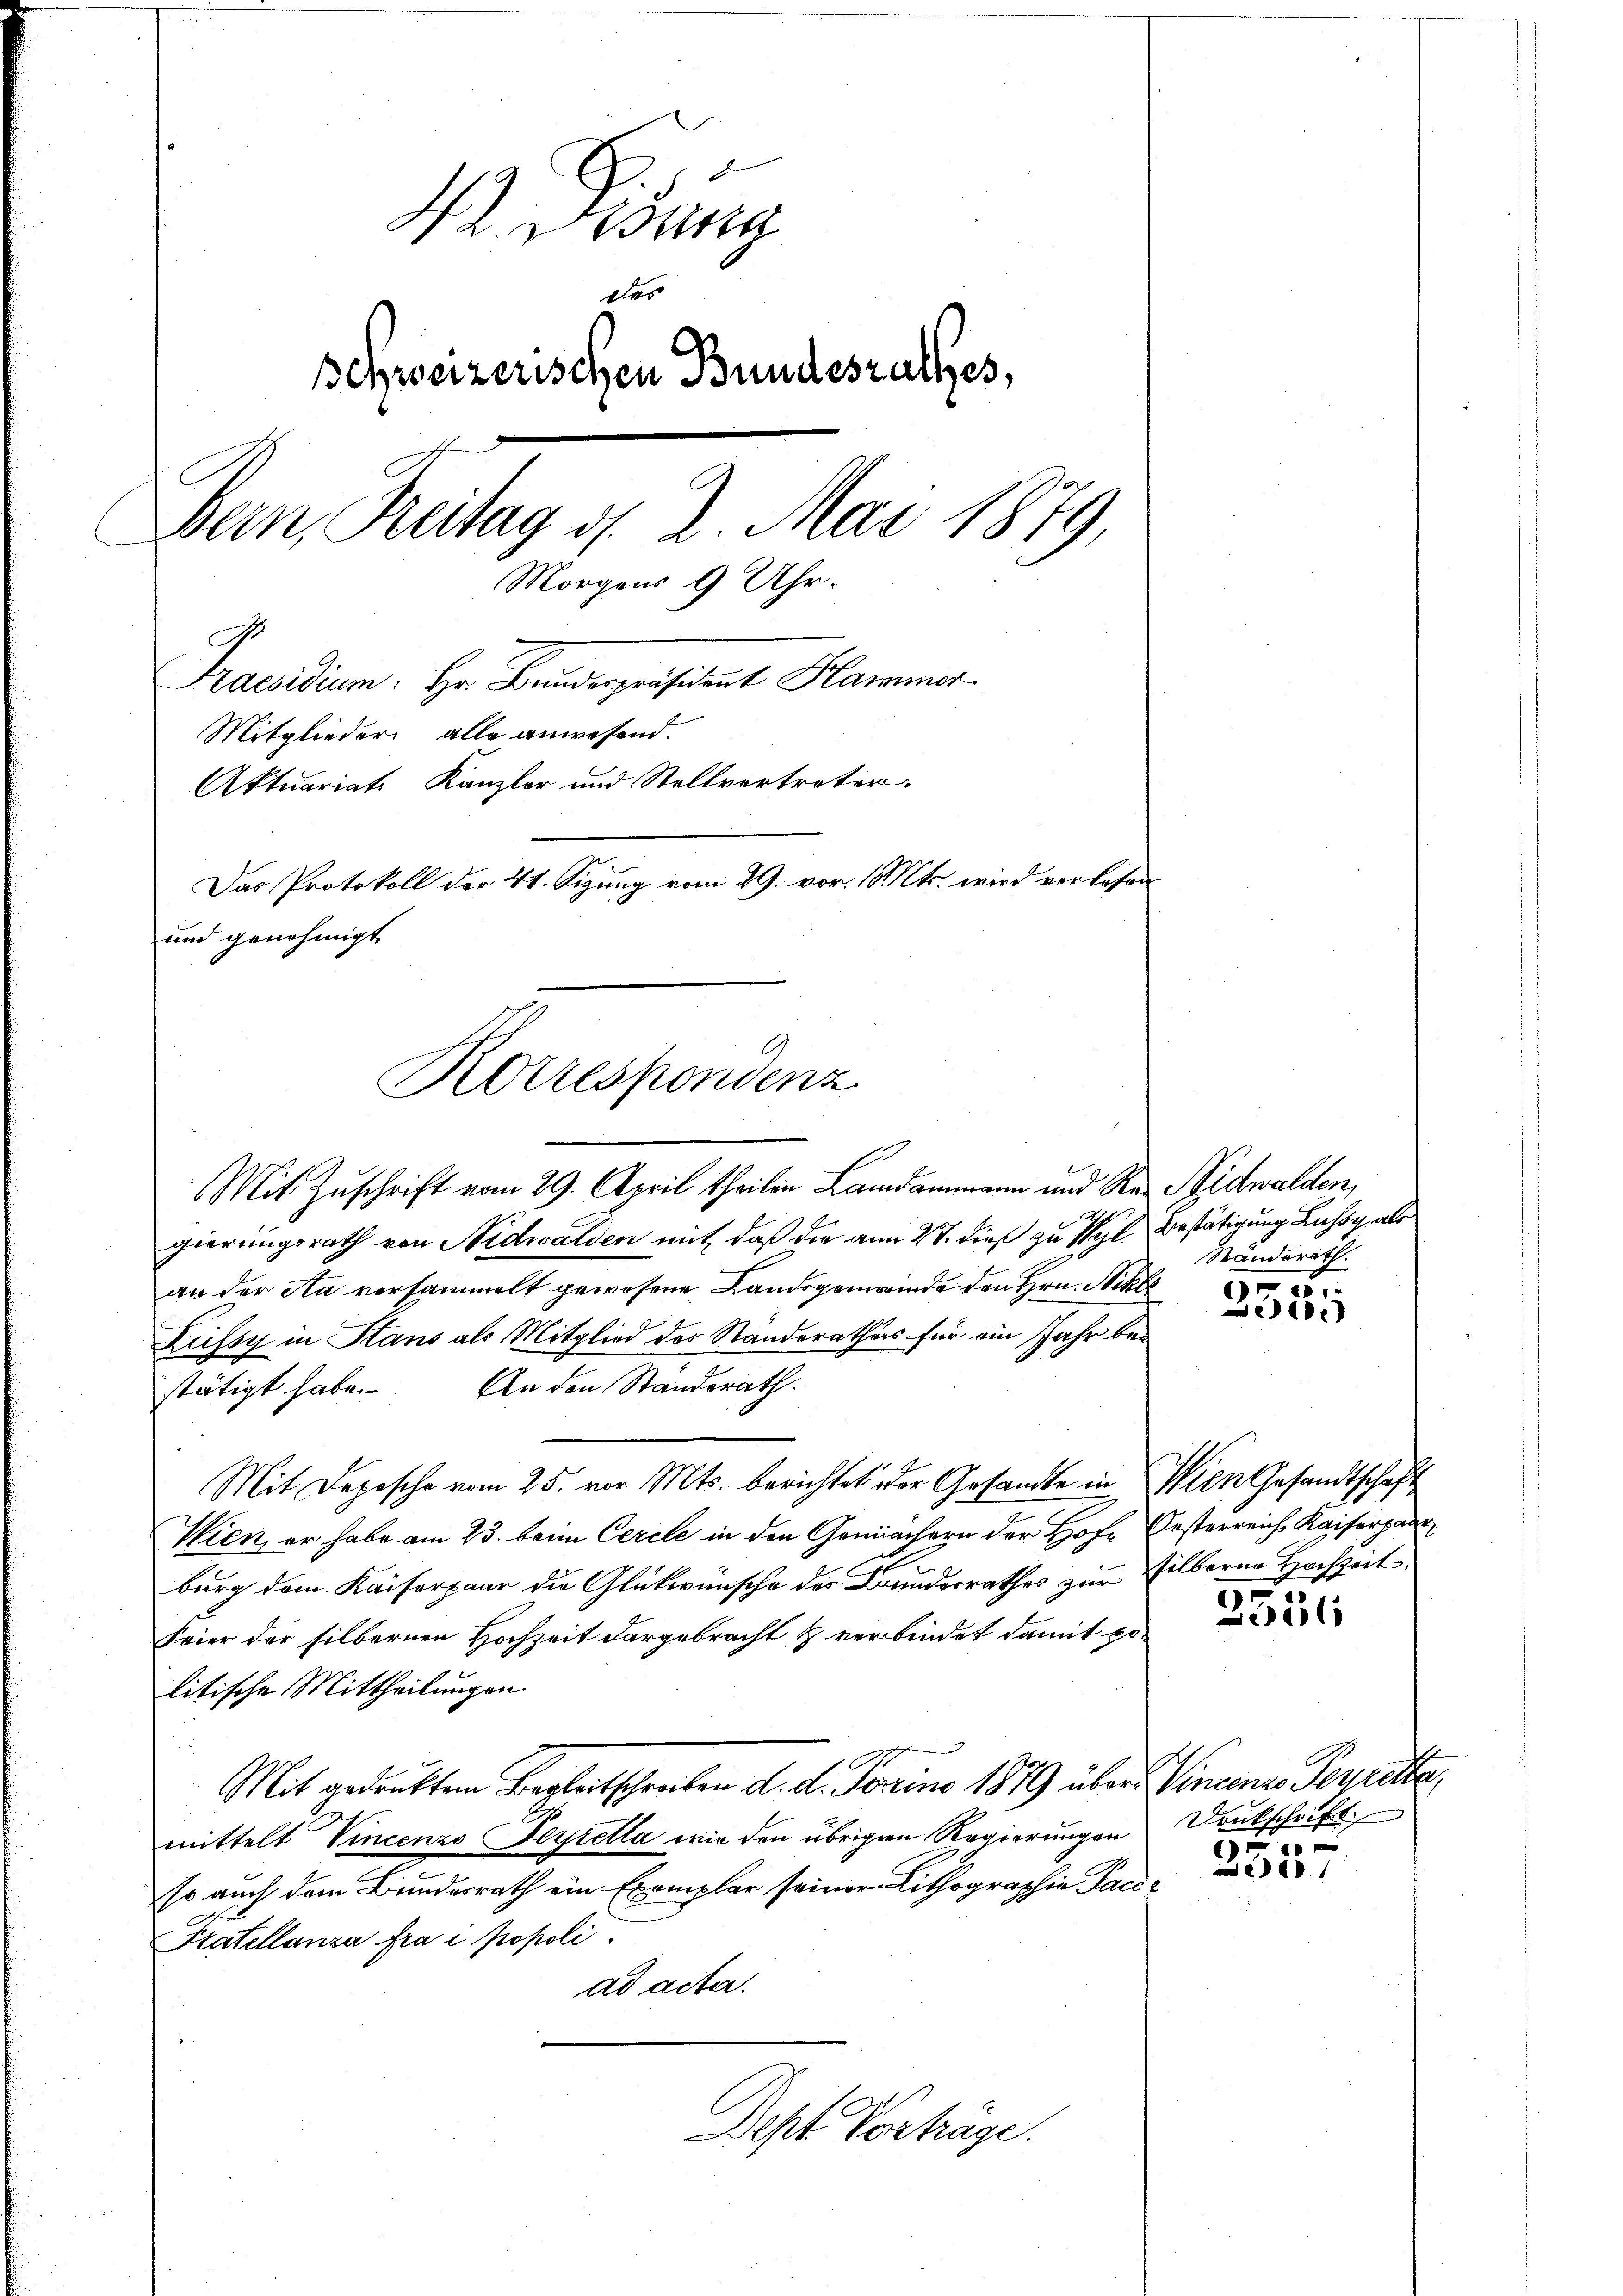
W. Burg
er
d
schweizerischen Bundeszalles,
Bern, Reitag d. 2. Mai 1879,
Morgens 9 Uhr.
Praesidium. Hr. Bunderspräsident Hammer.
Mitglieder alle anwesend.
Aktuariats Kanzler und Stellvertreter
Das Protokoll der 41. Sizung vom 29. vor. Mts. wird verlesen
und genehmigt
Korrespondenz

Mit Zuschrift vom 29. April theilen Landammann und Re- Nidwalden,
gierungsrath von Nidwalden mit, daß die am 27. dieß zu Wyl Bestätigung Luhsy, als
an der Aa vorsammelt gewesene Landsgemeinde den Hrn. Nikls
Zussy in Stans als Mitglied des Ständerathes für ein Jahr bei
stätigt habe. An den Standerath.
Mit Depesche vom 25. vor. Mts. berichtet der Gesandte in Wien Gesandtschaft
Wien er habe am 23. beim Cercle in den Gemächern der Hofe Oesterreich Kaiserpaar
burg dem Kaiserpaar die Glückwünsche der Bunderrathes zur Silberne Hochzeit
Feier der silbernen Hochzeit dargebracht & verbindet damit po
litische Mittheilungen.
Mit gedruckten Begleitschreiben d. d. Forno 1879 über Vincenz Perrette
mittelt Vincenzo Seyrella wie den übrigen Regierungen Drukschrift
so auch dem Bundesrath ein Exemplar seiner Lithographie Pace¬
Pratellanza fra i propoli
ad acta.

Dept Vorträge.

Ständerath.

55
e

1
3355

x
8